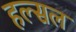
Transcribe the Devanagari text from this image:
हल्सल